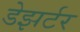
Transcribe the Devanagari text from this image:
डेझर्टर